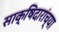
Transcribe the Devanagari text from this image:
साक्षिदारांच्या